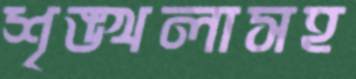
শৃঙ্খলাসহ